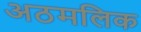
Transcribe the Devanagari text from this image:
अठमलिक